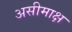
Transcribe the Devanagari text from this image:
असीमाक्ष